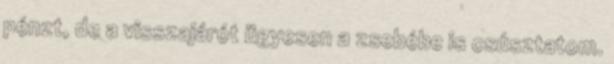
pénzt, de a visszajárót ügyesen a zsebébe is csúsztatom.